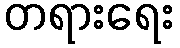
တရားရေး